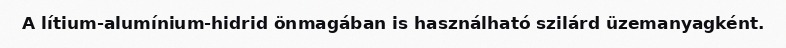
A lítium-alumínium-hidrid önmagában is használható szilárd üzemanyagként.